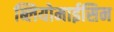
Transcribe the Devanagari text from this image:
ब्लियोमाईसिन